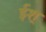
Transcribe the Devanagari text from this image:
ईश्